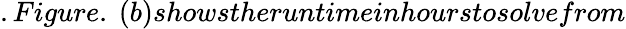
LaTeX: .Figure.~(b)showstheruntimeinhourstosolvefrom